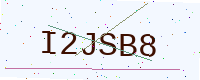
Text: I2JSB8